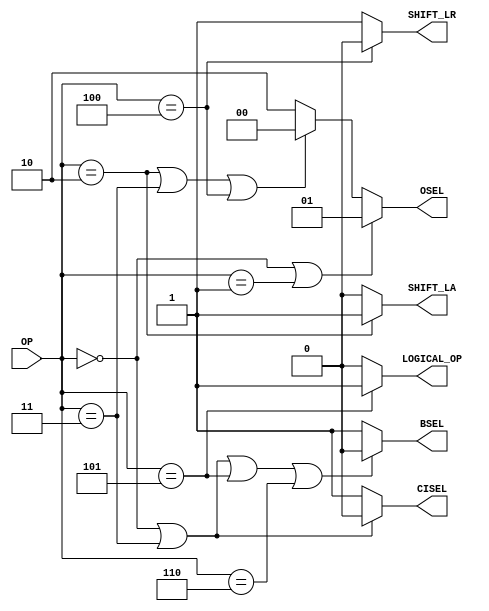
module control(OP, CISEL, BSEL, OSEL, SHIFT_LA, SHIFT_LR, LOGICAL_OP); // add other inputs and outputs here

  // inputs (add others here)
  input  [2:0]  OP;
  
  // outputs (add others here)
  output      CISEL;
  output		BSEL;
  output		[1:0]	OSEL;
  output			SHIFT_LA;
  output			SHIFT_LR;
  output		LOGICAL_OP;

  // reg and internal variable definitions
  
  
  
  // implement module here (add other control signals below)
  
  assign CISEL = (OP==3'b000|| OP==3'b011) ? 1'b0: 1'b1;
  assign BSEL= (OP==3'b000|| OP==3'b011 || OP==3'b101 || OP==3'b110) ? 1'b0: 1'b1;
  assign OSEL = (OP==3'b000 || OP==3'b001) ? 2'b01:((OP==3'b010 || OP==3'b011 || OP==3'b100) ? 2'b00:2'b10);
  assign SHIFT_LA = (OP==3'b010)? 1'b1:1'b0;
  assign SHIFT_LR = (OP == 3'b100) ? 1'b0 : 1'b1;
  assign LOGICAL_OP = (OP==3'b101) ? 1'b1: 1'b0;

endmodule